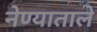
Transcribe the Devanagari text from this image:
नेण्याताले